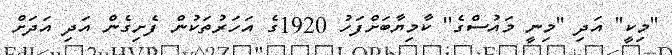
''މިކީ'' އަދި ''މިނީ މައުސްގެ'' ކާމިޔާބަށްފަހު 1920ގެ އަހަރުތަކުން ފެށިގެން އަދި އަދަށް